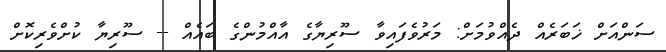
ސަންއަށް ޚަބަރެއް ދެއްވުމަށް: މަރުވެފައިވާ ސޫރިޔާގެ އާއްމުންގެ ބައެއް -- ސޫރިޔާ ކުށްވެރިކޮށް